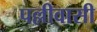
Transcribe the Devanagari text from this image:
पल्लीवासी